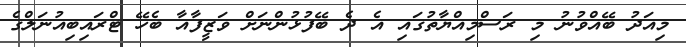
މިއަދު ބޭއްވުނު މި ރަސްމިއްޔާތުގައި އެ ދެ ބޭފުޅުންނަށް ވަޒީފާއާ ބެހޭ ޓްރައިބިއުނަލްގެ